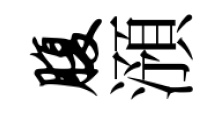
腹澦